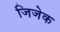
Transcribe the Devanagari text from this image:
जिजेक